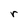
Character: r